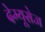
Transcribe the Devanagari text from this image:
देम्यूसेज